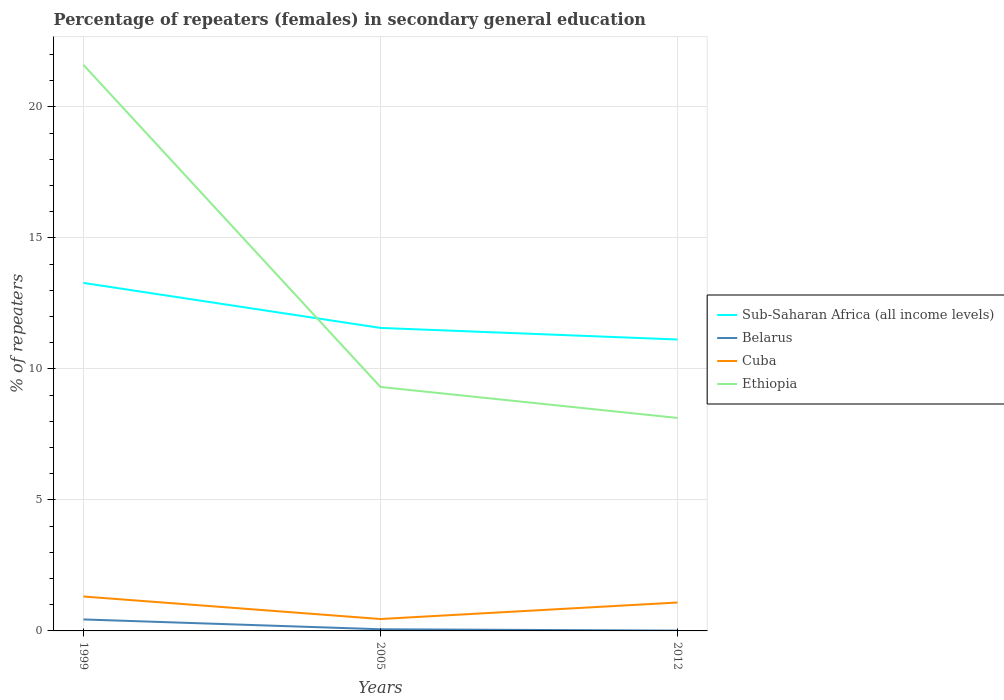
| Years | Sub-Saharan Africa (all income levels) | Belarus | Cuba | Ethiopia |
 | --- | --- | --- | --- | --- |
 | 1999 | 13.3 | 0.438 | 1.31 | 21.6 |
 | 2005 | 11.6 | 0.0634 | 0.454 | 9.31 |
 | 2012 | 11.1 | 0.0117 | 1.08 | 8.13 |